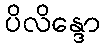
ပိလိန္ဒော